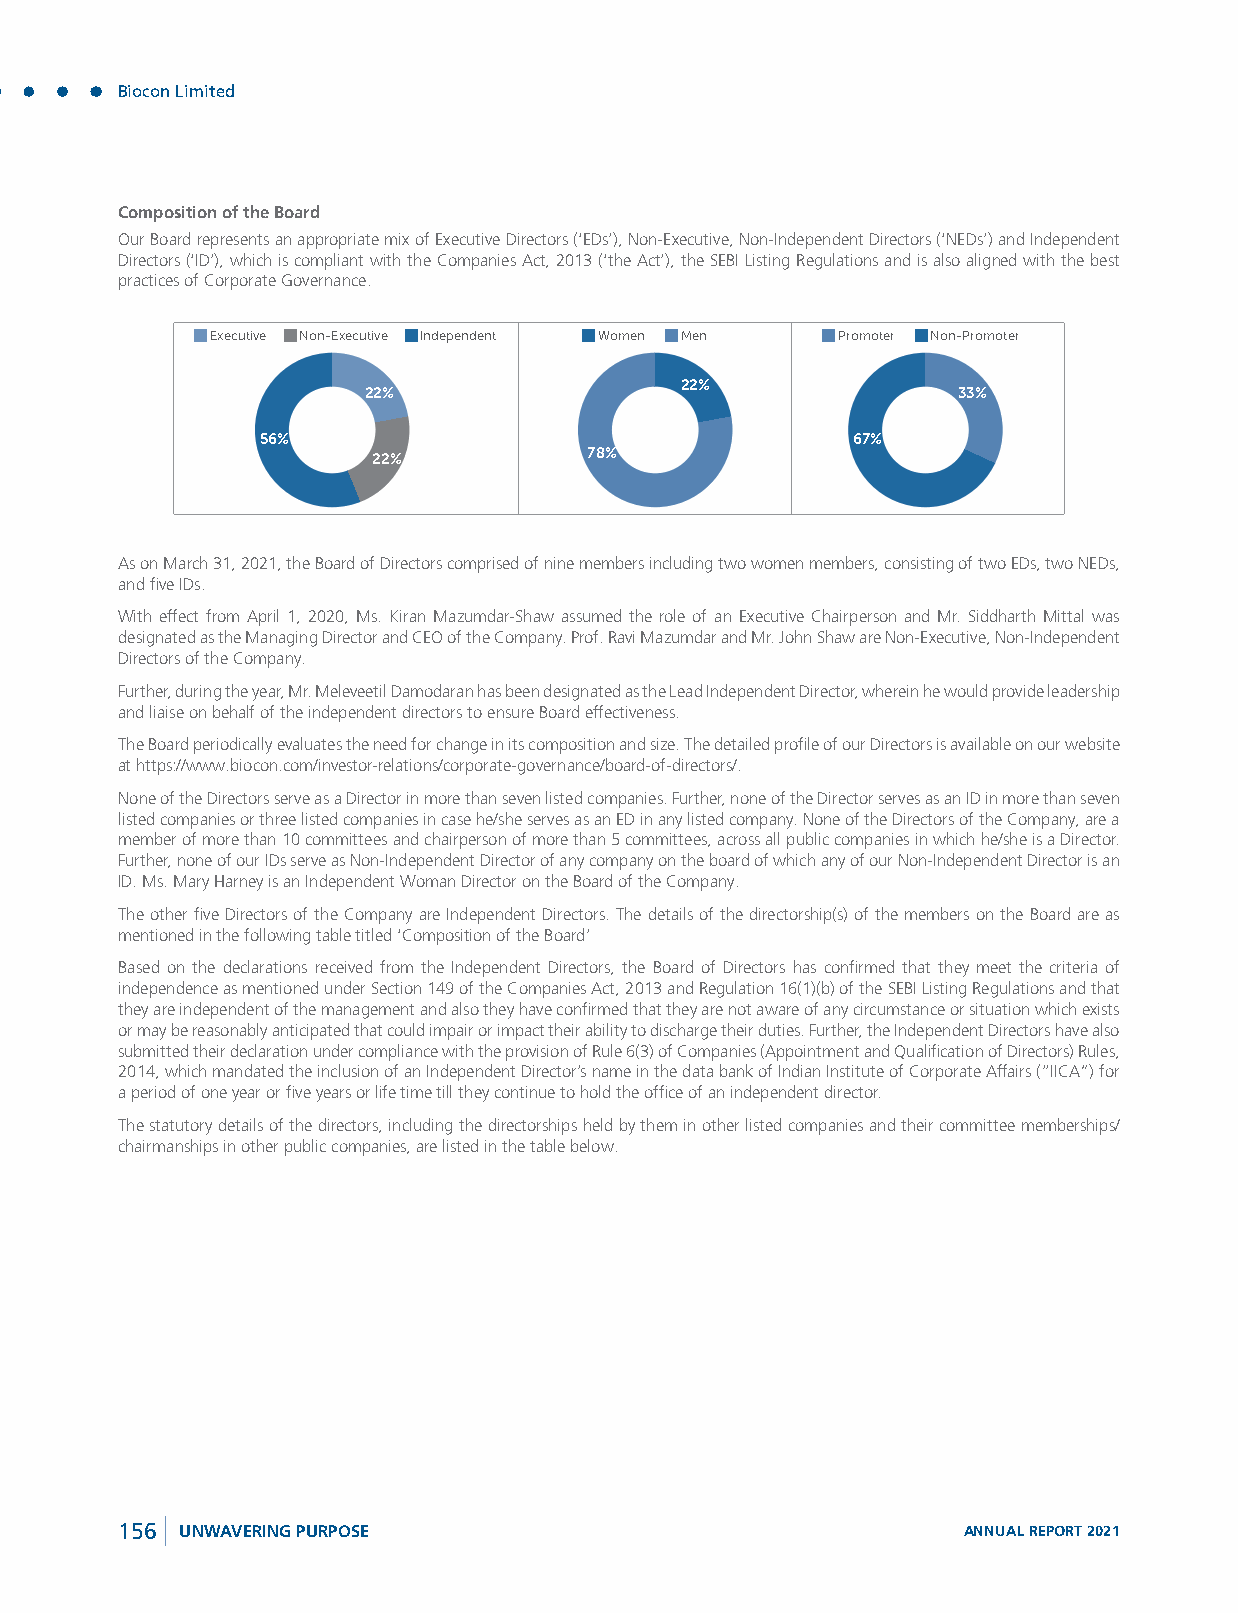
Biocon Limited
 Composition of the Board
 Our Board represents an appropriate mix of Executive Directors (‘EDs’), Non-Executive, Non-Independent Directors (‘NEDs’) and Independent
 Directors (‘ID’), which is compliant with the Companies Act, 2013 (‘the Act’), the SEBI Listing Regulations and is also aligned with the best
 practices of Corporate Governance.
 Executive Non-Executive Independent Women Men Promoter Non-Promoter
 22%
 22%                                    33%
 56%                                    67%
 22%           78%
 As on March 31, 2021, the Board of Directors comprised of nine members including two women members, consisting of two EDs, two NEDs,
 and five IDs.
 With effect from April 1, 2020, Ms. Kiran Mazumdar-Shaw assumed the role of an Executive Chairperson and Mr. Siddharth Mittal was
 designated as the Managing Director and CEO of the Company. Prof. Ravi Mazumdar and Mr. John Shaw are Non-Executive, Non-Independent
 Directors of the Company.
 Further, during the year, Mr. Meleveetil Damodaran has been designated as the Lead Independent Director, wherein he would provide leadership
 and liaise on behalf of the independent directors to ensure Board effectiveness.
 The Board periodically evaluates the need for change in its composition and size. The detailed profile of our Directors is available on our website
 at https://www.biocon.com/investor-relations/corporate-governance/board-of-directors/.
 None of the Directors serve as a Director in more than seven listed companies. Further, none of the Director serves as an ID in more than seven
 listed companies or three listed companies in case he/she serves as an ED in any listed company. None of the Directors of the Company, are a
 member of more than 10 committees and chairperson of more than 5 committees, across all public companies in which he/she is a Director.
 Further, none of our IDs serve as Non-Independent Director of any company on the board of which any of our Non-Independent Director is an
 ID. Ms. Mary Harney is an Independent Woman Director on the Board of the Company.
 The other five Directors of the Company are Independent Directors. The details of the directorship(s) of the members on the Board are as
 mentioned in the following table titled ‘Composition of the Board’
 Based on the declarations received from the Independent Directors, the Board of Directors has confirmed that they meet the criteria of
 independence as mentioned under Section 149 of the Companies Act, 2013 and Regulation 16(1)(b) of the SEBI Listing Regulations and that
 they are independent of the management and also they have confirmed that they are not aware of any circumstance or situation which exists
 or may be reasonably anticipated that could impair or impact their ability to discharge their duties. Further, the Independent Directors have also
 submitted their declaration under compliance with the provision of Rule 6(3) of Companies (Appointment and Qualification of Directors) Rules,
 2014, which mandated the inclusion of an Independent Director’s name in the data bank of Indian Institute of Corporate Affairs (“IICA”) for
 a period of one year or five years or life time till they continue to hold the office of an independent director.
 The statutory details of the directors, including the directorships held by them in other listed companies and their committee memberships/
 chairmanships in other public companies, are listed in the table below.
 156 UNWAVERING PURPOSE                                  ANNUAL REPORT 2021